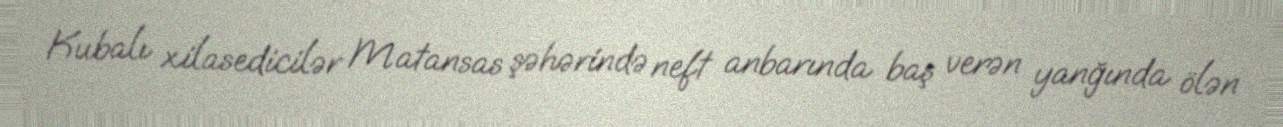
Kubalı xilasedicilər Matansas şəhərində neft anbarında baş verən yanğında ölən